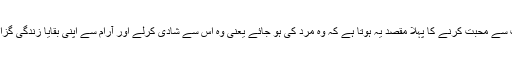
عورت سے محبت کرنے کا پہلا مقصد یہ ہوتا ہے کہ وہ مرد کی ہو جائے یعنی وہ اس سے شادی کرلے اور آرام سے اپنی بقایا زندگی گزار دے۔